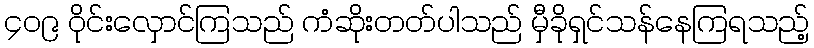
၄၀၉ ဝိုင်းလှောင်ကြသည် ကံဆိုးတတ်ပါသည် မှီခိုရှင်သန်နေကြရသည့်